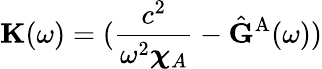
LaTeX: \mathbf{K}(\omega)=(\frac{c^{2}}{\omega^{2}\boldsymbol{\chi}_{A}}-\hat{\mathbf{G}}^{\mathrm{A}}(\omega))